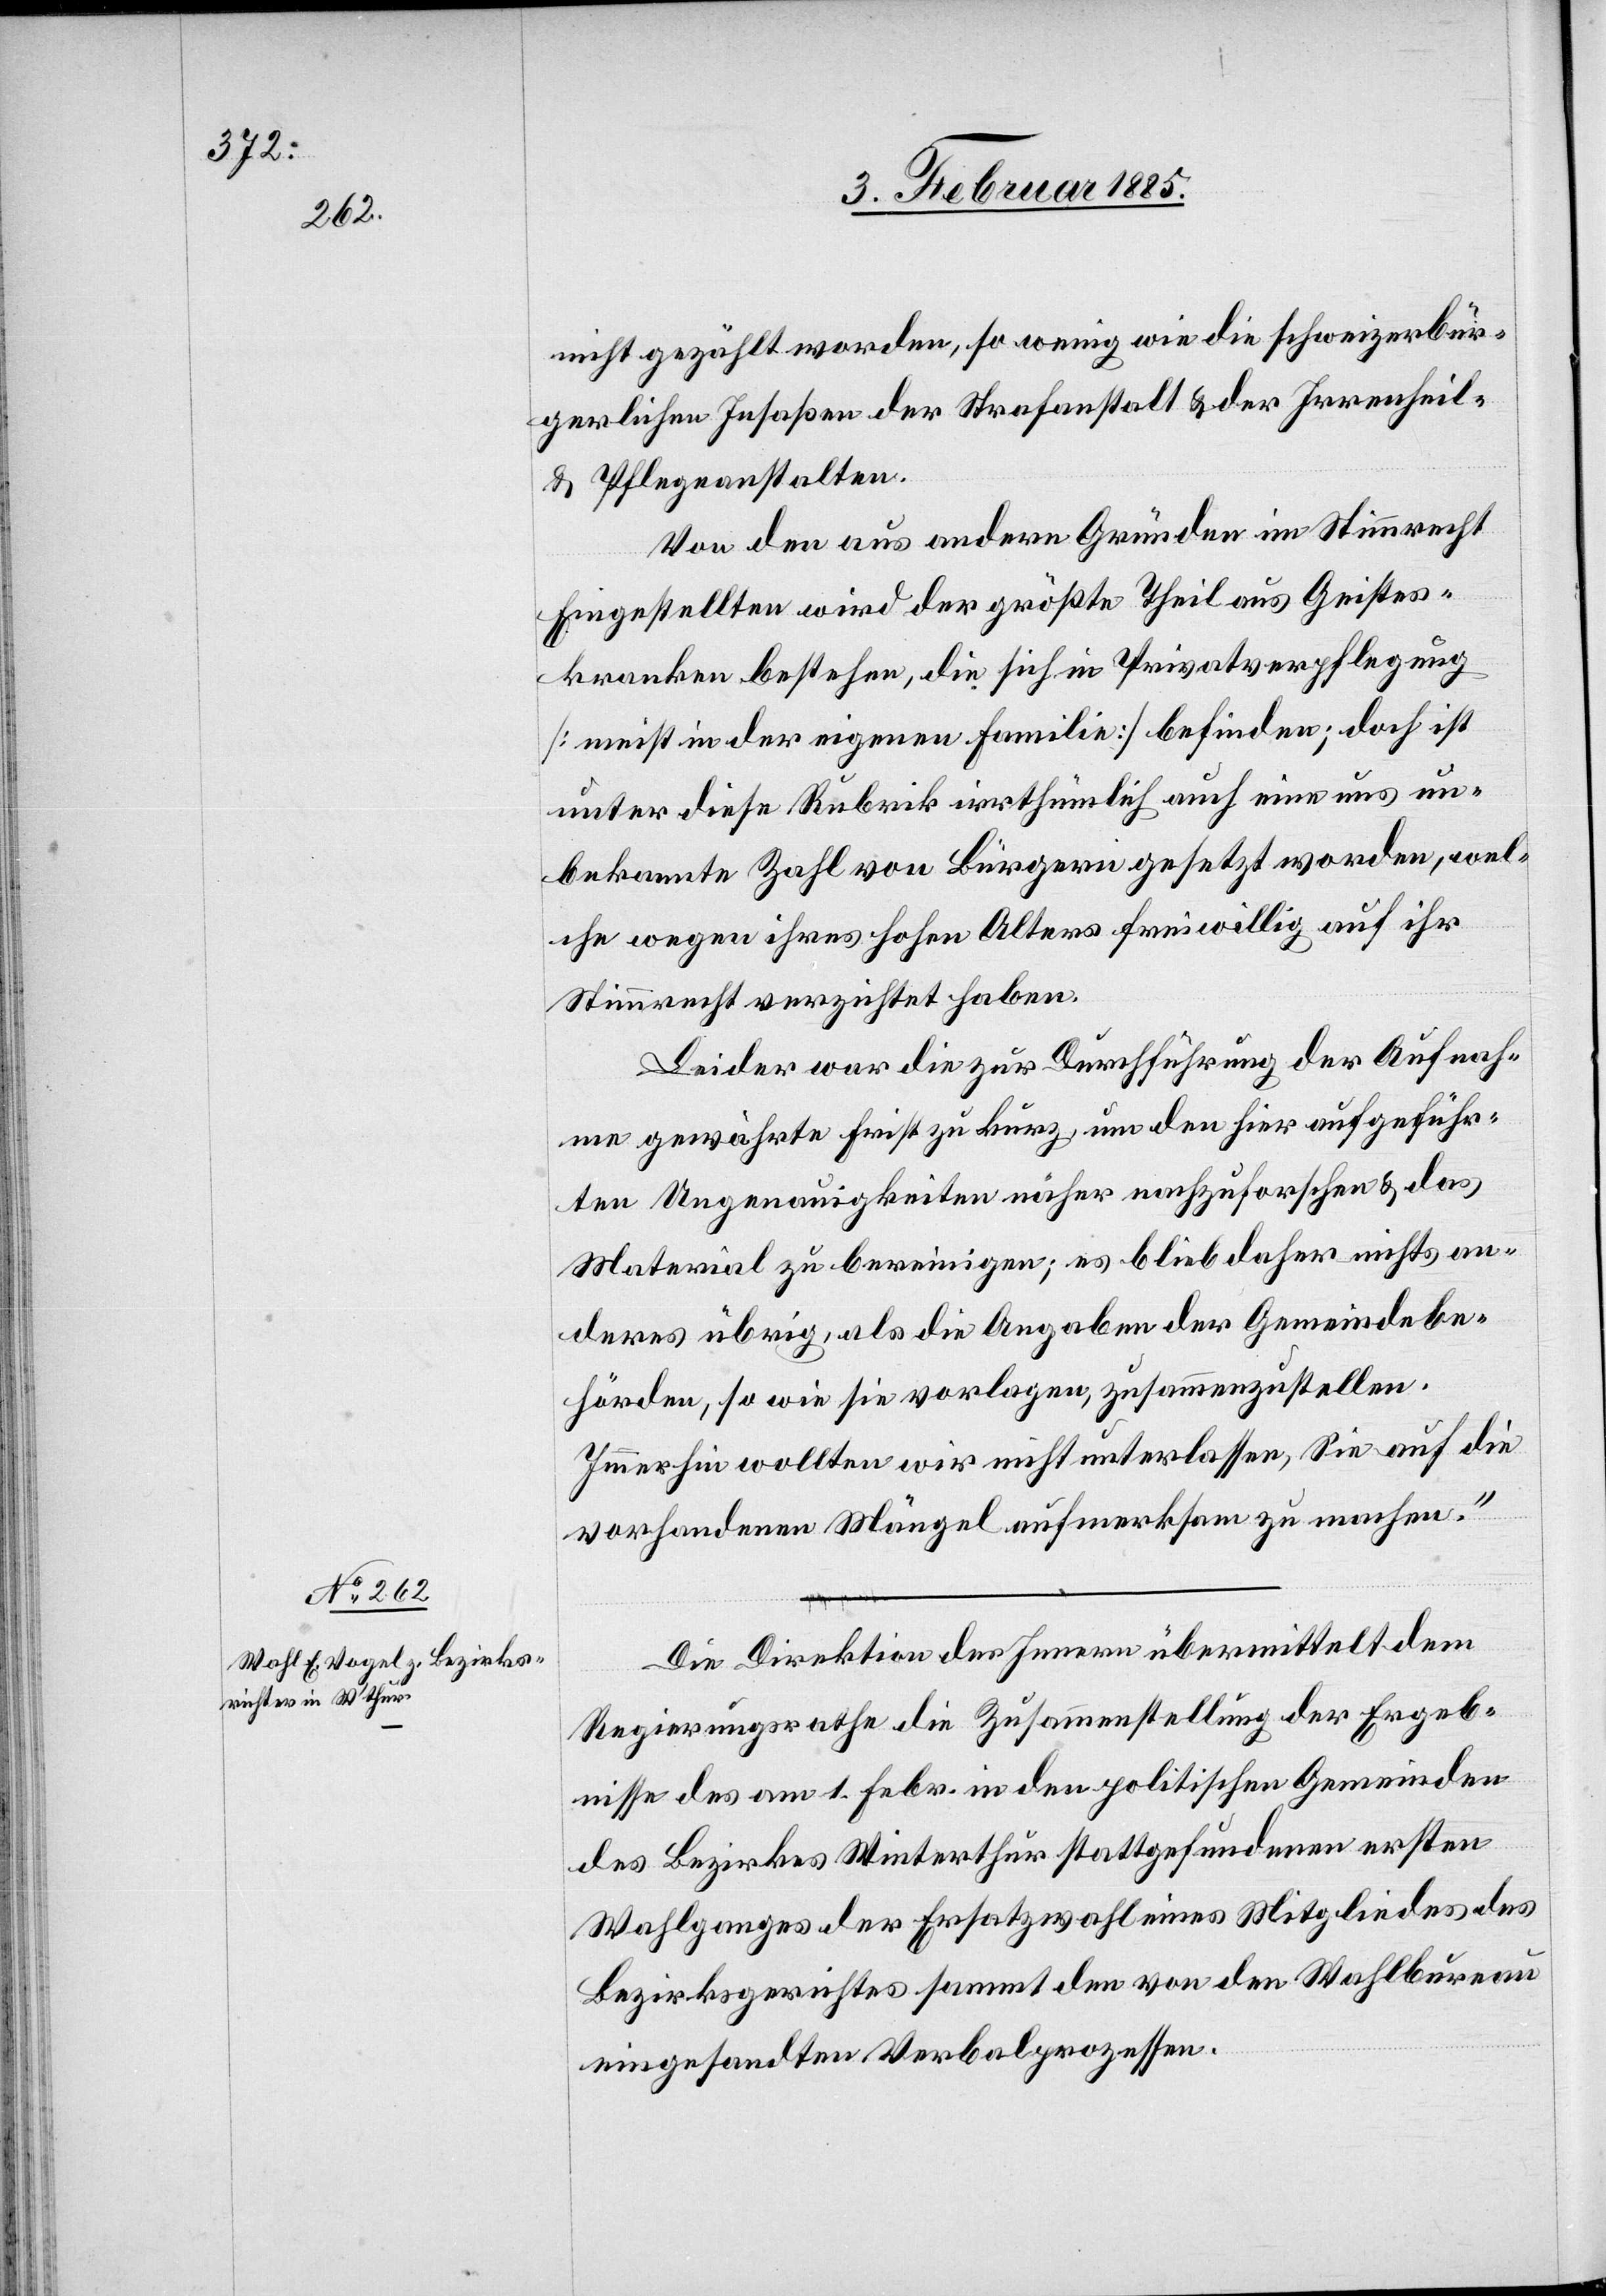
nicht gezählt worden, so wenig wie die schweizerbür¬
gerlichen Insaßen der Strafanstalt & der Irrenheil-
& Pflegeanstalten.
Von den aus andern Gründen im Stimmrecht
Eingestellten wird der größte Theil aus Geistes¬
kranken bestehen, die sich in Privatverpflegung
[nicht in der eigenen Familie] befinden; doch ist
unter diese Rubrik irrthümlich auch eine uns un¬
bekannte Zahl von Bürgern gesetzt worden, wel¬
che wegen ihres hohen Alters freiwillig auf ihr
Stimmrecht verzichtet haben.
Leider war die zur Durchführung der Aufnah¬
me gewährte Frist zu kurz, um den hier aufgeführ¬
ten Ungenauigkeiten näher nachzuforschen & das
Material zu bereinigen; es blieb daher nichts an¬
deres übrig, als die Angaben der Gemeindebe¬
hörden, so wie sie vorlagen, zusammenzustellen.
Immerhin wollten wir nicht unterlassen, Sie auf die
vorhandenen Mängel aufmerksam zu machen.“
Die Direktion des Innern übermittelt dem
Regierungsrathe die Zusammenstellung der Ergeb¬
nisse des am 1. Febr. in den politischen Gemeinden
des Bezirkes Winterthur stattgefundenen ersten
Wahlganges der Ersatzwahl eines Mitgliedes des
Bezirksgerichtes sammt den von den Wahlbureau
eingesandten Verbalprozessen.